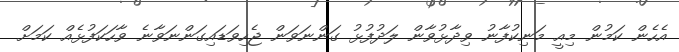
އެހެން ކަމުން މިއީ މަނިކުފާނު ވިދާޅުވާން ލަދުފުޅު ގަންނަވަން ޖެހިވަޑައިގަންނަވާނެ ވާހަކަފުޅެއް ކަމަށް